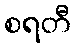
စရတီ